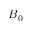
B _ { 0 }